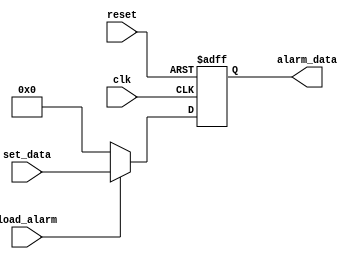
`timescale 1ns / 1ps
//////////////////////////////////////////////////////////////////////////////////
// Company: 
// Engineer: 
// 
// Design Name: 
// Module Name:    alarm_register 
// Project Name: 
// Target Devices: 
// Tool versions: 
// Description: 
//
// Dependencies: 
//
// Revision: 
// Revision 0.01 - File Created
// Additional Comments: 
//
//////////////////////////////////////////////////////////////////////////////////
module alarm_register(
	input [15:0] set_data,
	input load_alarm,clk,reset,
	output reg [15:0] alarm_data
  );
	 
	 always@(posedge clk , negedge reset)
	 begin
		if (!reset)
			alarm_data <= 0;
		else if (load_alarm)
			alarm_data <= set_data;
		else
			alarm_data <= 0;
	 end
endmodule